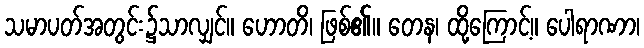
သမာပတ်အတွင်း၌သာလျှင်။ ဟောတိ၊ ဖြစ်၏။ တေန၊ ထို့ကြောင့်။ ပေါရာဏာ၊